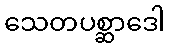
သေတပစ္ဆာဒေါ